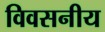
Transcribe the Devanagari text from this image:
विवसनीय